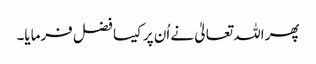
پھر اللہ تعالیٰ نے اُن پر کیسا فضل فرمایا۔